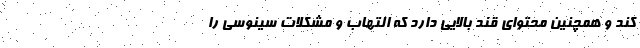
کند و همچنین محتوای قند بالایی دارد که التهاب و مشکلات سینوسی را